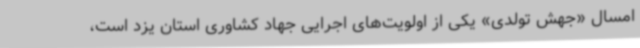
امسال «جهش تولدی» یکی از اولویت‌های اجرایی جهاد کشاوری استان یزد است،